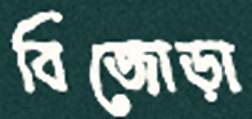
বিজোড়া